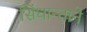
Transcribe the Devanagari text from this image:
सिंधान्ताने